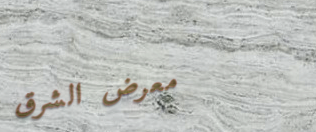
معرض الشرق